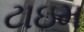
ટાઇમ